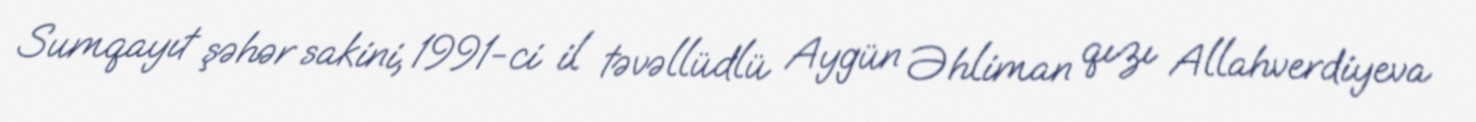
Sumqayıt şəhər sakini, 1991-ci il təvəllüdlü Aygün Əhliman qızı Allahverdiyeva